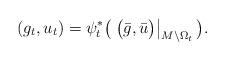
LaTeX: \begin{align*} (g_t, u_t) = \psi_t^* \big( \left.\big(\bar g, \bar u\big)\right|_{M\setminus \Omega_t}\big). \end{align*}